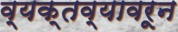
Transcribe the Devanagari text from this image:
व्यक्तव्यावरून